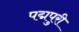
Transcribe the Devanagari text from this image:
पद्मपुरी